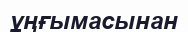
ұңғымасынан